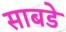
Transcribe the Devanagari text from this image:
साबडे